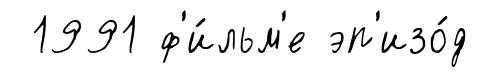
1991 ф'и́льм'е эп'изо́д